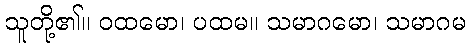
သူတို့၏။ ဝထမော၊ ပထမ။ သမာဂမော၊ သမာဂမ